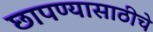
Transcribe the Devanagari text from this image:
छापण्यासाठीचे